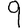
Digit: 9